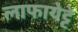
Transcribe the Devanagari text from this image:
लाफायेट्टे